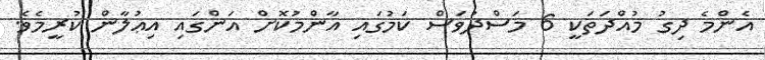
އެންމެ ދިގު މުއްދަތަކީ 6 މަސްދުވަސް ކަމުގައި އާންމުކޮށް އަންގައި އިޢުލާން ކުރީމެވެ.